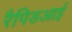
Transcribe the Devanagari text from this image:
रैपिडआई